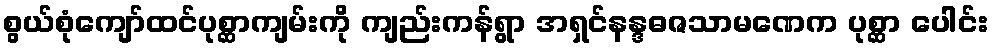
စွယ်စုံကျော်ထင်ပုစ္ဆာကျမ်းကို ကျည်းကန်ရွာ အရှင်နန္ဒဓဇသာမဏေက ပုစ္ဆာ ပေါင်း